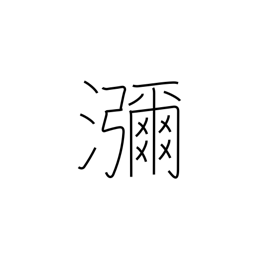
Meaning: copious flow